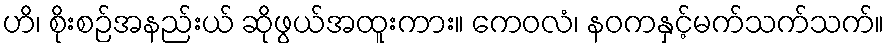
ဟိ၊ စိုးစဉ်အနည်းယ် ဆိုဖွယ်အထူးကား။ ကေဝလံ၊ နဝကနှင့်မက်သက်သက်။